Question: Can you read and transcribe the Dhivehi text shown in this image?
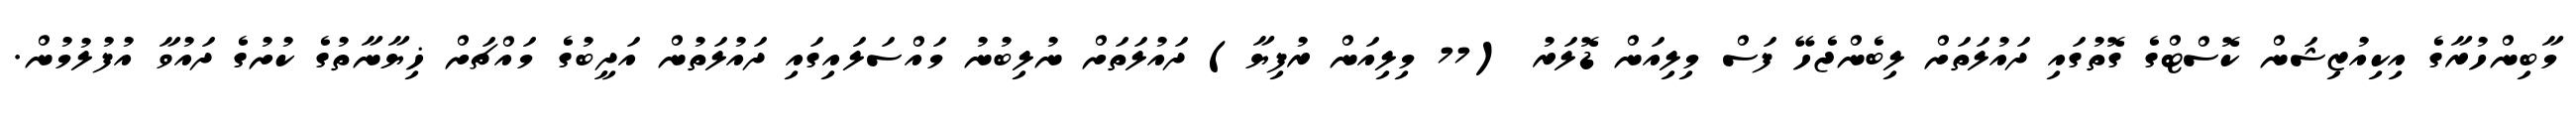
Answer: މާބިންހުރާގެ އިކިއުޒިޝަން ކޮސްޓްގެ ގޮތުގައި ދައުލަތަށް ލިބެންޖެހޭ ފަސް މިލިއަން ޑޮލަރު (77 މިލިއަން ރުފިޔާ) ދައުލަތަށް ނުލިބުނު މައްސަލައިގައި ދައުލަތުން އަދީބުގެ މައްޗަށް ޚިޔާނާތުގެ ކުށުގެ ދައުވާ އުފުލުމުން.